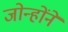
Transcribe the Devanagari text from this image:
जोन्होंने